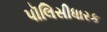
પૉલિસીધારક